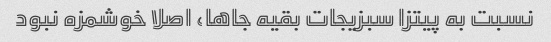
نسبت به پیتزا سبزیجات بقیه جاها، اصلا خوشمزه نبود